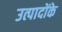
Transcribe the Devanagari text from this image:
उत्पादोंके